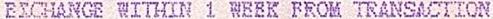
EXCHANGE WITHIN 1 WEEK FROM TRANSACTION